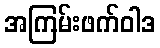
အကြမ်းဖက်ဝါဒ